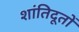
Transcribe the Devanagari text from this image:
शांतिदूतों